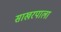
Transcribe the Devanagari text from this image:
साखरपाला